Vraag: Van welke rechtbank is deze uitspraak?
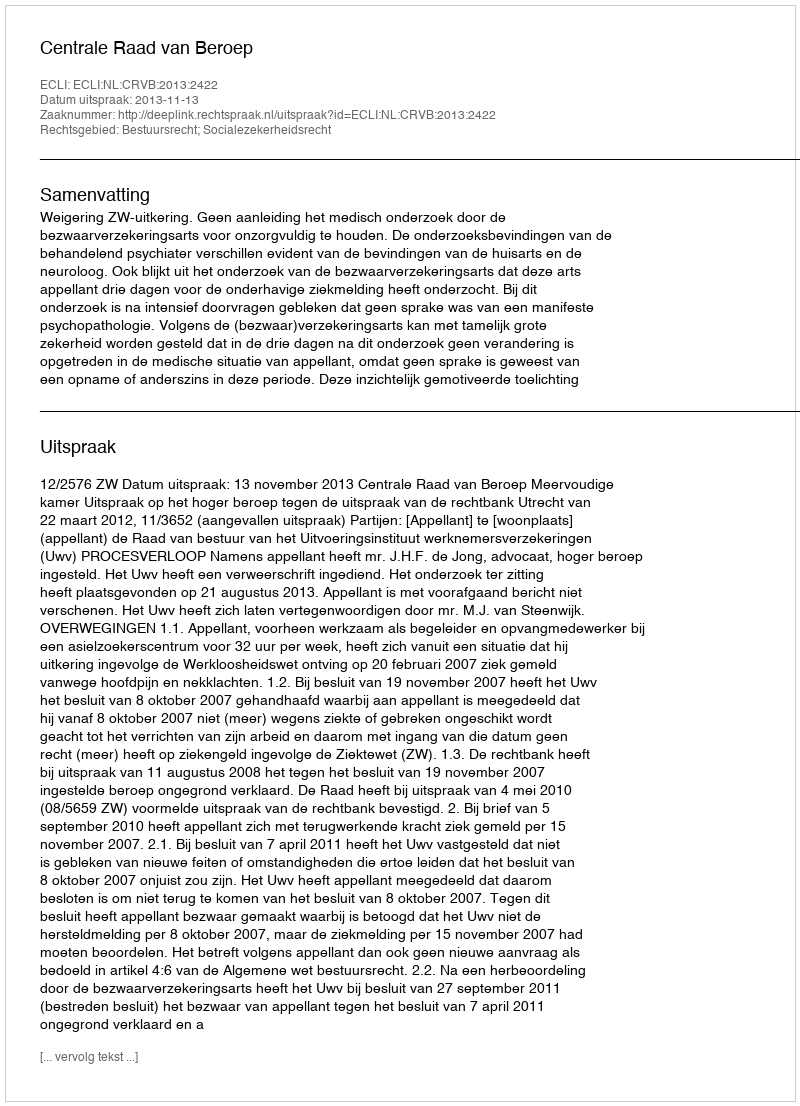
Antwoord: Centrale Raad van Beroep